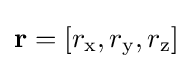
\mathbf {r} =\left[r_{\textrm {x}},r_{\textrm {y}},r_{\textrm {z}}\right]